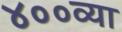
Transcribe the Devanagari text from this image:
४००व्या